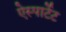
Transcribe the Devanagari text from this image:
ऐस्पार्टेट